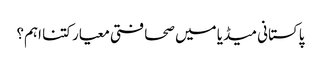
پاکستانی میڈیا میں صحافتی معیار کتنا اہم؟